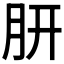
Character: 𭨩